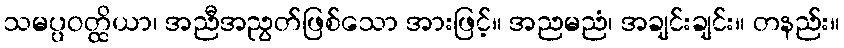
သမပ္ပဝတ္ထိယာ၊ အညီအညွတ်ဖြစ်သော အားဖြင့်။ အညမညံ၊ အချင်းချင်း။ တနည်း။